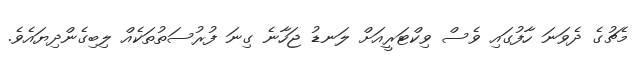
މެޗުގެ ދެވަނަ ހާފުގައި ވެސް ވިކްޓަރީއަށް ލަނޑު ޖަހާނެ ގިނަ ފުރުސަތުތަކެއް ލިބިގެންދިޔައެވެ.